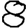
Digit: 8